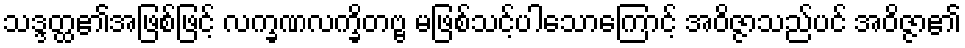
သဒ္ဒတ္ထ၏အဖြစ်ဖြင့် လက္ခဏလက္ခိတဗ္ဗ မဖြစ်သင့်ပါသောကြောင့် အဝိဇ္ဇာသည်ပင် အဝိဇ္ဇာ၏